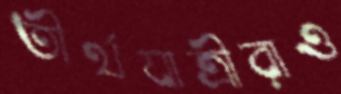
তীর্থযাত্রীরাও